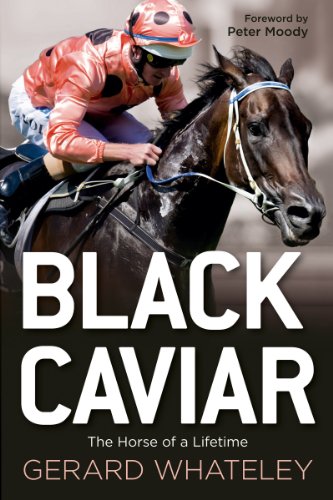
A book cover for Black Caviar; G Whateley; Biographies & Memoirs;